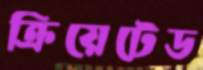
ক্রিয়েটেড